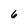
Character: 6